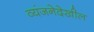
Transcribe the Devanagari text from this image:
व्यंजनेदेखील